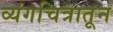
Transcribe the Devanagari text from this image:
व्यंगचित्रातून